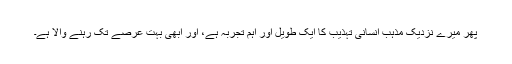
پھر میرے نزدیک مذہب انسانی تہذیب کا ایک طویل اور اہم تجربہ ہے، اور ابھی بہت عرصے تک رہنے والا ہے۔